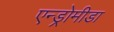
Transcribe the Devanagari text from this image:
एन्ड्रोमीडा